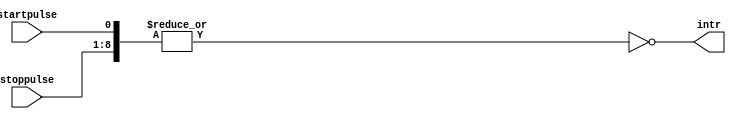
module StartStopPulse( startpulse,stoppulse,intr);

//input clk, res;
input startpulse;
input [7:0] stoppulse;

output intr;

//reg intr;
//wire intr1;

////////////////////////////////////////////
assign intr = ~(|({stoppulse,startpulse}));
/*
reg [5:0] CountA;

always @(posedge clk or posedge res)
if(res)
	CountA <= 0;
else if (intr1)
	CountA <= 0;
else if (CountA == 63)
	CountA <= CountA;
else
	CountA <= CountA + 1;

always @(posedge clk or posedge res)
if(res)
	intr <= 1;
else if (CountA == 1)
	intr <= 0;
else if (CountA == 60)
	intr <= 1;
else
	intr <= intr;
*/
endmodule